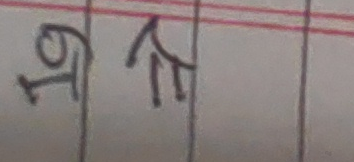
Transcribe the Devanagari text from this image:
७११